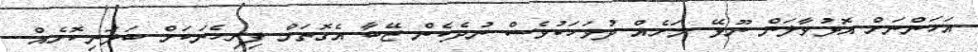
އަހަންނަށް އޮޅުވާލަން ނޫޅޭ. މަށެއް ދުވަހަކުވެސް ނުދެކެން ޒޭބާ އެގޮތަށް ފިރިހެނަކަށް ބަލަނިކޮށެއް..